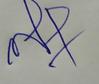
Signature authenticity: forged